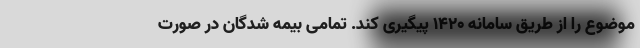
موضوع را از طریق سامانه ۱۴۲۰ پیگیری کند. تمامی بیمه شدگان در صورت